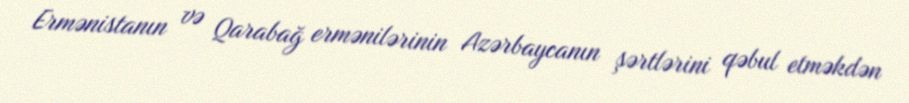
Ermənistanın və Qarabağ ermənilərinin Azərbaycanın şərtlərini qəbul etməkdən